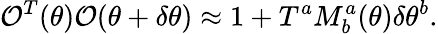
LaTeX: \mathcal{O}^{T}(\theta)\mathcal{O}(\theta+\delta\theta)\approx1+T^{a}M_{b}^{a}(\theta)\delta\theta^{b}.